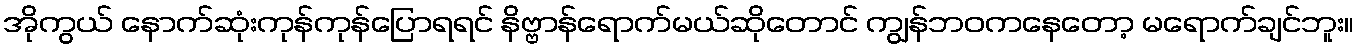
အိုကွယ် နောက်ဆုံးကုန်ကုန်ပြောရရင် နိဗ္ဗာန်ရောက်မယ်ဆိုတောင် ကျွန်ဘဝကနေတော့ မရောက်ချင်ဘူး။